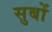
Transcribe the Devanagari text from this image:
सुबों